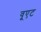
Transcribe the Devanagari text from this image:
वूएट